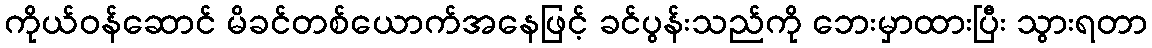
ကိုယ်ဝန်ဆောင် မိခင်တစ်ယောက်အနေဖြင့် ခင်ပွန်းသည်ကို ဘေးမှာထားပြီး သွားရတာ